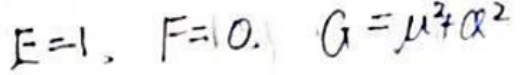
$E = 1, F = 0, G = \mu ^ { 2 } \alpha ^ { 2 }$